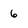
Character: 6